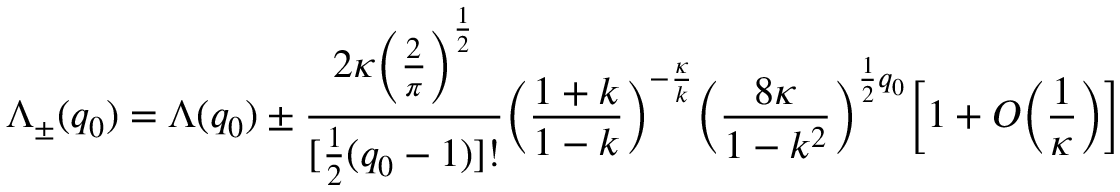
\Lambda _ { \pm } ( q _ { 0 } ) = \Lambda ( q _ { 0 } ) \pm \frac { 2 \kappa \bigg ( \frac { 2 } { \pi } \bigg ) ^ { \frac { 1 } { 2 } } } { [ \frac { 1 } { 2 } ( q _ { 0 } - 1 ) ] ! } \bigg ( \frac { 1 + k } { 1 - k } \bigg ) ^ { - \frac { \kappa } { k } } \bigg ( \frac { 8 \kappa } { 1 - k ^ { 2 } } \bigg ) ^ { \frac { 1 } { 2 } q _ { 0 } } \bigg [ 1 + O \bigg ( \frac { 1 } { \kappa } \bigg ) \bigg ]